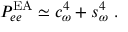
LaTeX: P _ { e e } ^ { \mathrm { E A } } \simeq c _ { \omega } ^ { 4 } + s _ { \omega } ^ { 4 } \ .